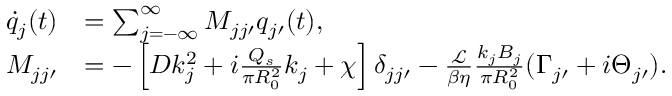
\begin{array} { r l } { \dot { q } _ { j } ( t ) } & { = \sum _ { j = - \infty } ^ { \infty } M _ { j j \prime } q _ { j \prime } ( t ) , } \\ { M _ { j j \prime } } & { = - \left[ D k _ { j } ^ { 2 } + i \frac { Q _ { s } } { \pi R _ { 0 } ^ { 2 } } k _ { j } + \chi \right] \delta _ { j j \prime } - \frac { \mathcal { L } } { \beta \eta } \frac { k _ { j } B _ { j } } { \pi R _ { 0 } ^ { 2 } } ( \Gamma _ { j \prime } + i \Theta _ { j \prime } ) . } \end{array}